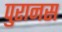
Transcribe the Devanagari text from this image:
पुरानस